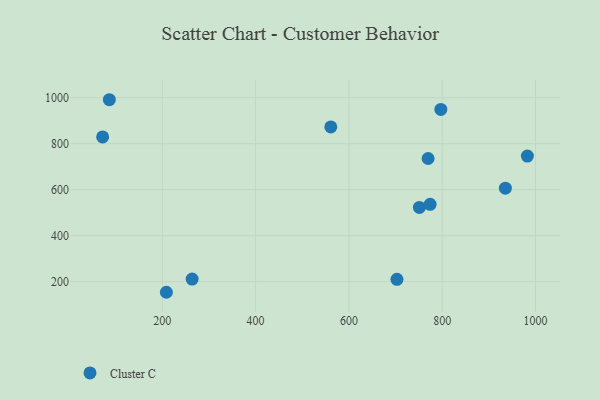
{"axis": {"x": "Price", "y": "Profit"}, "legend": ["Cluster C"], "data": [{"x": "72.0", "y": 829.5, "type": "Cluster C"}, {"x": "751.1", "y": 522.8, "type": "Cluster C"}, {"x": "561.2", "y": 873.3, "type": "Cluster C"}, {"x": "208.7", "y": 154.0, "type": "Cluster C"}, {"x": "769.8", "y": 735.7, "type": "Cluster C"}, {"x": "935.4", "y": 606.6, "type": "Cluster C"}, {"x": "982.6", "y": 746.5, "type": "Cluster C"}, {"x": "703.0", "y": 210.3, "type": "Cluster C"}, {"x": "263.9", "y": 211.5, "type": "Cluster C"}, {"x": "774.1", "y": 536.6, "type": "Cluster C"}, {"x": "797.1", "y": 949.0, "type": "Cluster C"}, {"x": "86.4", "y": 991.4, "type": "Cluster C"}]}